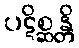
ပဋိစ္ဆန္တိ